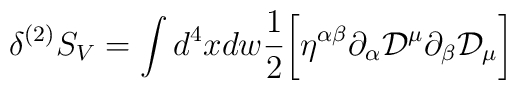
\delta^{(2)} S_{V} = \int d^4 x d w \frac{1}{2}\biggl[ \eta^{\alpha\beta} \partial_{\alpha} {\cal D}^{\mu} \partial_{\beta} {\cal D}_{\mu} \biggr]